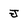
Character: J